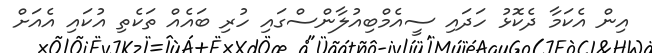
އިން އެކަމާ ދެކޮޅު ހަދައި ސީއެމްބިއުލާންސްގައި ހުރި ބައެއް ތަކެތި އުކައި އެއަށް